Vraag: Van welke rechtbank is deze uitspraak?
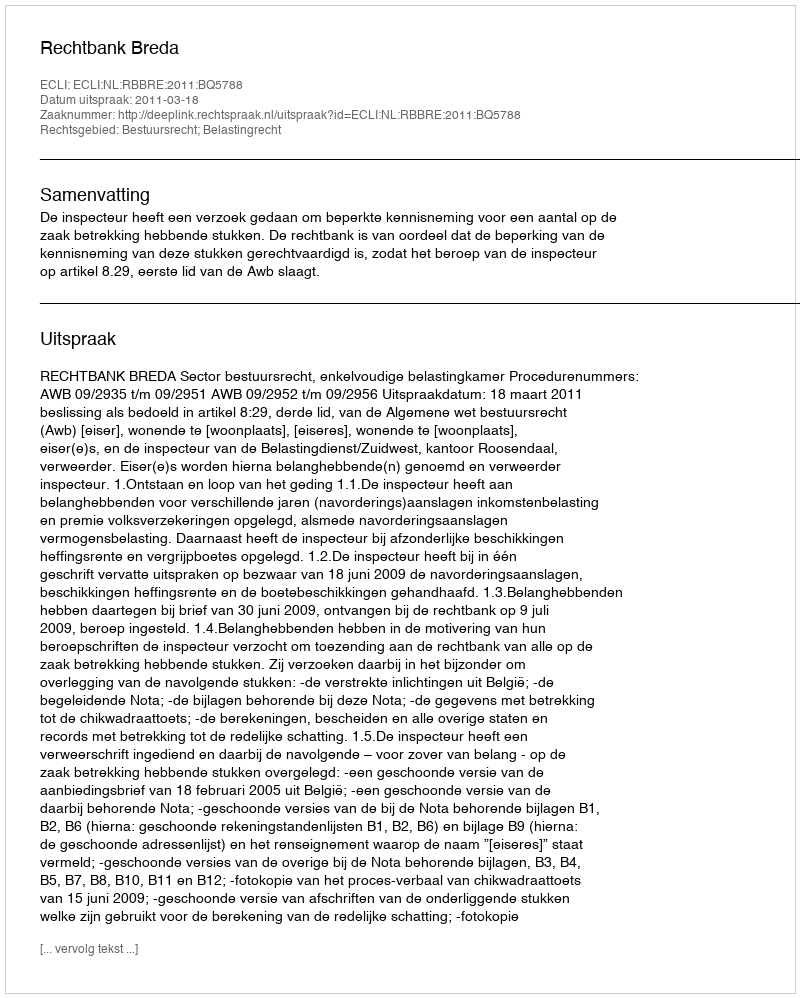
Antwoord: Rechtbank Breda